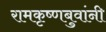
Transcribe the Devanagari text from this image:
रामकृष्णबुवांनी